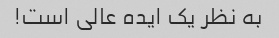
به نظر یک ایده عالی است!